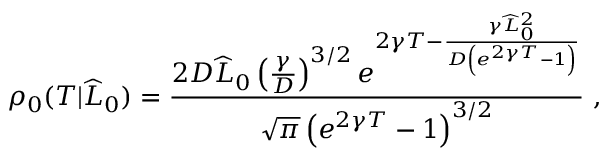
\rho _ { 0 } ( T | \widehat { L } _ { 0 } ) = \frac { 2 D \widehat { L } _ { 0 } \left( \frac { \gamma } { D } \right) ^ { 3 / 2 } e ^ { 2 \gamma T - \frac { \gamma \widehat { L } _ { 0 } ^ { 2 } } { D \left( e ^ { 2 \gamma T } - 1 \right) } } } { \sqrt { \pi } \left( e ^ { 2 \gamma T } - 1 \right) ^ { 3 / 2 } } \ ,